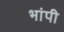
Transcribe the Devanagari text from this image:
भांपी